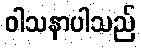
ဝါသနာပါသည်